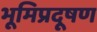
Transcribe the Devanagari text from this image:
भूमिप्रदूषण